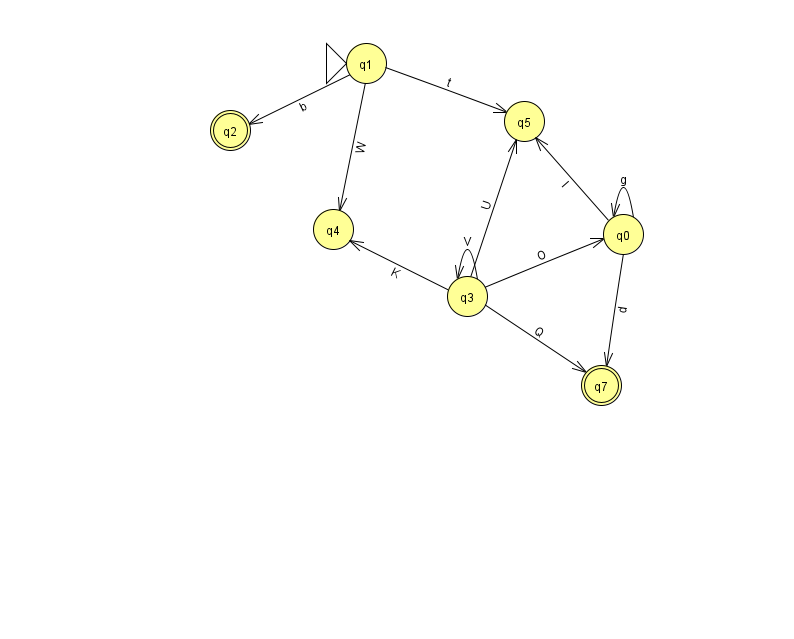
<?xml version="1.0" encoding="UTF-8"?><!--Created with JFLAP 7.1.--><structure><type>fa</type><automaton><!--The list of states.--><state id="0" name="q0"><x>623.0</x><y>221.0</y></state><state id="1" name="q1"><x>366.0</x><y>50.0</y><initial/></state><state id="2" name="q2"><x>230.0</x><y>117.0</y><final/></state><state id="3" name="q3"><x>467.0</x><y>283.0</y></state><state id="4" name="q4"><x>333.0</x><y>216.0</y></state><state id="5" name="q5"><x>524.0</x><y>108.0</y></state><state id="7" name="q7"><x>601.0</x><y>372.0</y><final/></state><!--The list of transitions.--><transition><from>1</from><to>2</to><read>b</read></transition><transition><from>1</from><to>4</to><read>W</read></transition><transition><from>3</from><to>3</to><read>V</read></transition><transition><from>0</from><to>0</to><read>g</read></transition><transition><from>0</from><to>5</to><read>I</read></transition><transition><from>3</from><to>4</to><read>K</read></transition><transition><from>1</from><to>5</to><read>t</read></transition><transition><from>0</from><to>7</to><read>d</read></transition><transition><from>3</from><to>5</to><read>U</read></transition><transition><from>3</from><to>0</to><read>O</read></transition><transition><from>3</from><to>7</to><read>Q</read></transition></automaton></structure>